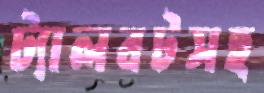
ট্যালবটসহ